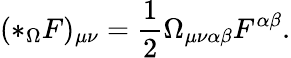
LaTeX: (*_{\Omega}F)_{\mu\nu}=\frac{1}{2}\Omega_{\mu\nu\alpha\beta}F^{\alpha\beta}.